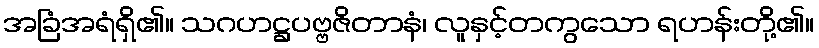
အခြံအရံရှိ၏။ သဂဟဋ္ဌပဗ္ဗဇိတာနံ၊ လူနှင့်တကွသော ရဟန်းတို့၏။